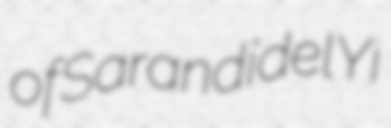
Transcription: of Sarandí del Yí